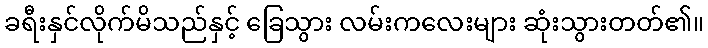
ခရီးနှင်လိုက်မိသည်နှင့် ခြေသွား လမ်းကလေးများ ဆုံးသွားတတ်၏။